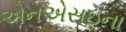
એનએસઇના